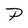
Character: P